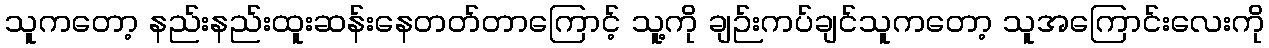
သူကတော့ နည်းနည်းထူးဆန်းနေတတ်တာကြောင့် သူ့ကို ချဉ်းကပ်ချင်သူကတော့ သူအကြောင်းလေးကို